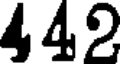
442